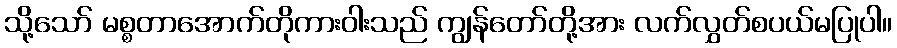
သို့သော် မစ္စတာအောက်တိုကားဝါးသည် ကျွန်တော်တို့အား လက်လွှတ်စပယ်မပြုပါ။